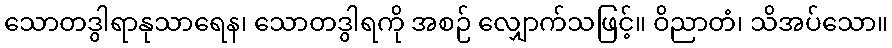
သောတဒွါရာနုသာရေန၊ သောတဒွါရကို အစဉ် လျှောက်သဖြင့်။ ဝိညာတံ၊ သိအပ်သော။